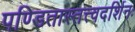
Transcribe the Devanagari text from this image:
पण्डितास्तत्त्वदर्शिनः